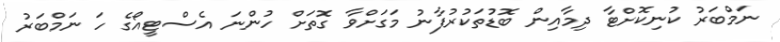
ނަމްބަރު ކުނިކޮށްޓާ ދިމާއިން ބޮޑުތަކުރުފާނު މަގަށްވާ ގޮތަށް ހުންނަ އެސްޓީއޯގެ ހަ ނަމްބަރު